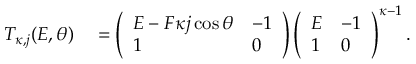
\begin{array} { r l } { T _ { \kappa , j } ( E , \theta ) } & { { } = \left( \begin{array} { l l } { E - F \kappa j \cos { \theta } } & { - 1 } \\ { 1 } & { 0 } \end{array} \right) \left( \begin{array} { l l } { E } & { - 1 } \\ { 1 } & { 0 } \end{array} \right) ^ { \kappa - 1 } . } \end{array}